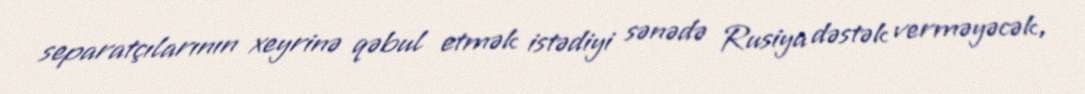
separatçılarının xeyrinə qəbul etmək istədiyi sənədə Rusiya dəstək verməyəcək,